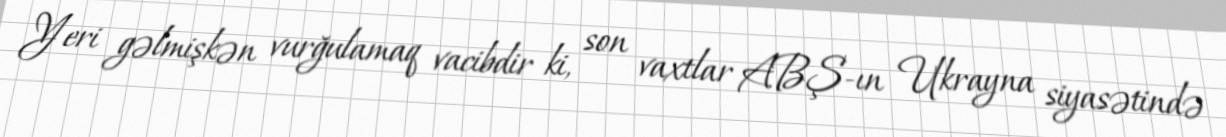
Yeri gəlmişkən vurğulamaq vacibdir ki, son vaxtlar ABŞ-ın Ukrayna siyasətində